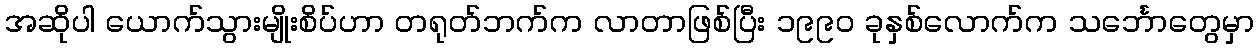
အဆိုပါ ယောက်သွားမျိုးစိပ်ဟာ တရုတ်ဘက်က လာတာဖြစ်ပြီး ၁၉၉၀ ခုနှစ်လောက်က သင်္ဘောတွေမှာ